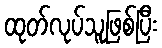
ထုတ်လုပ်သူဖြစ်ပြီး